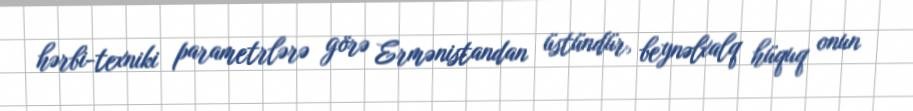
hərbi-texniki parametrlərə görə Ermənistandan üstündür, beynəlxalq hüquq onun